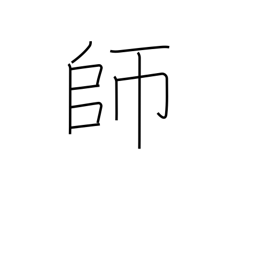
Meaning: teacher